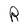
Character: R